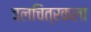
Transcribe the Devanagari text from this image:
चलचित्रकला